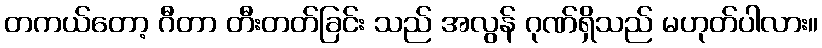
တကယ်တော့ ဂီတာ တီးတတ်ခြင်း သည် အလွန် ဂုဏ်ရှိသည် မဟုတ်ပါလား။